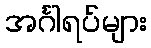
အင်္ဂါရပ်များ